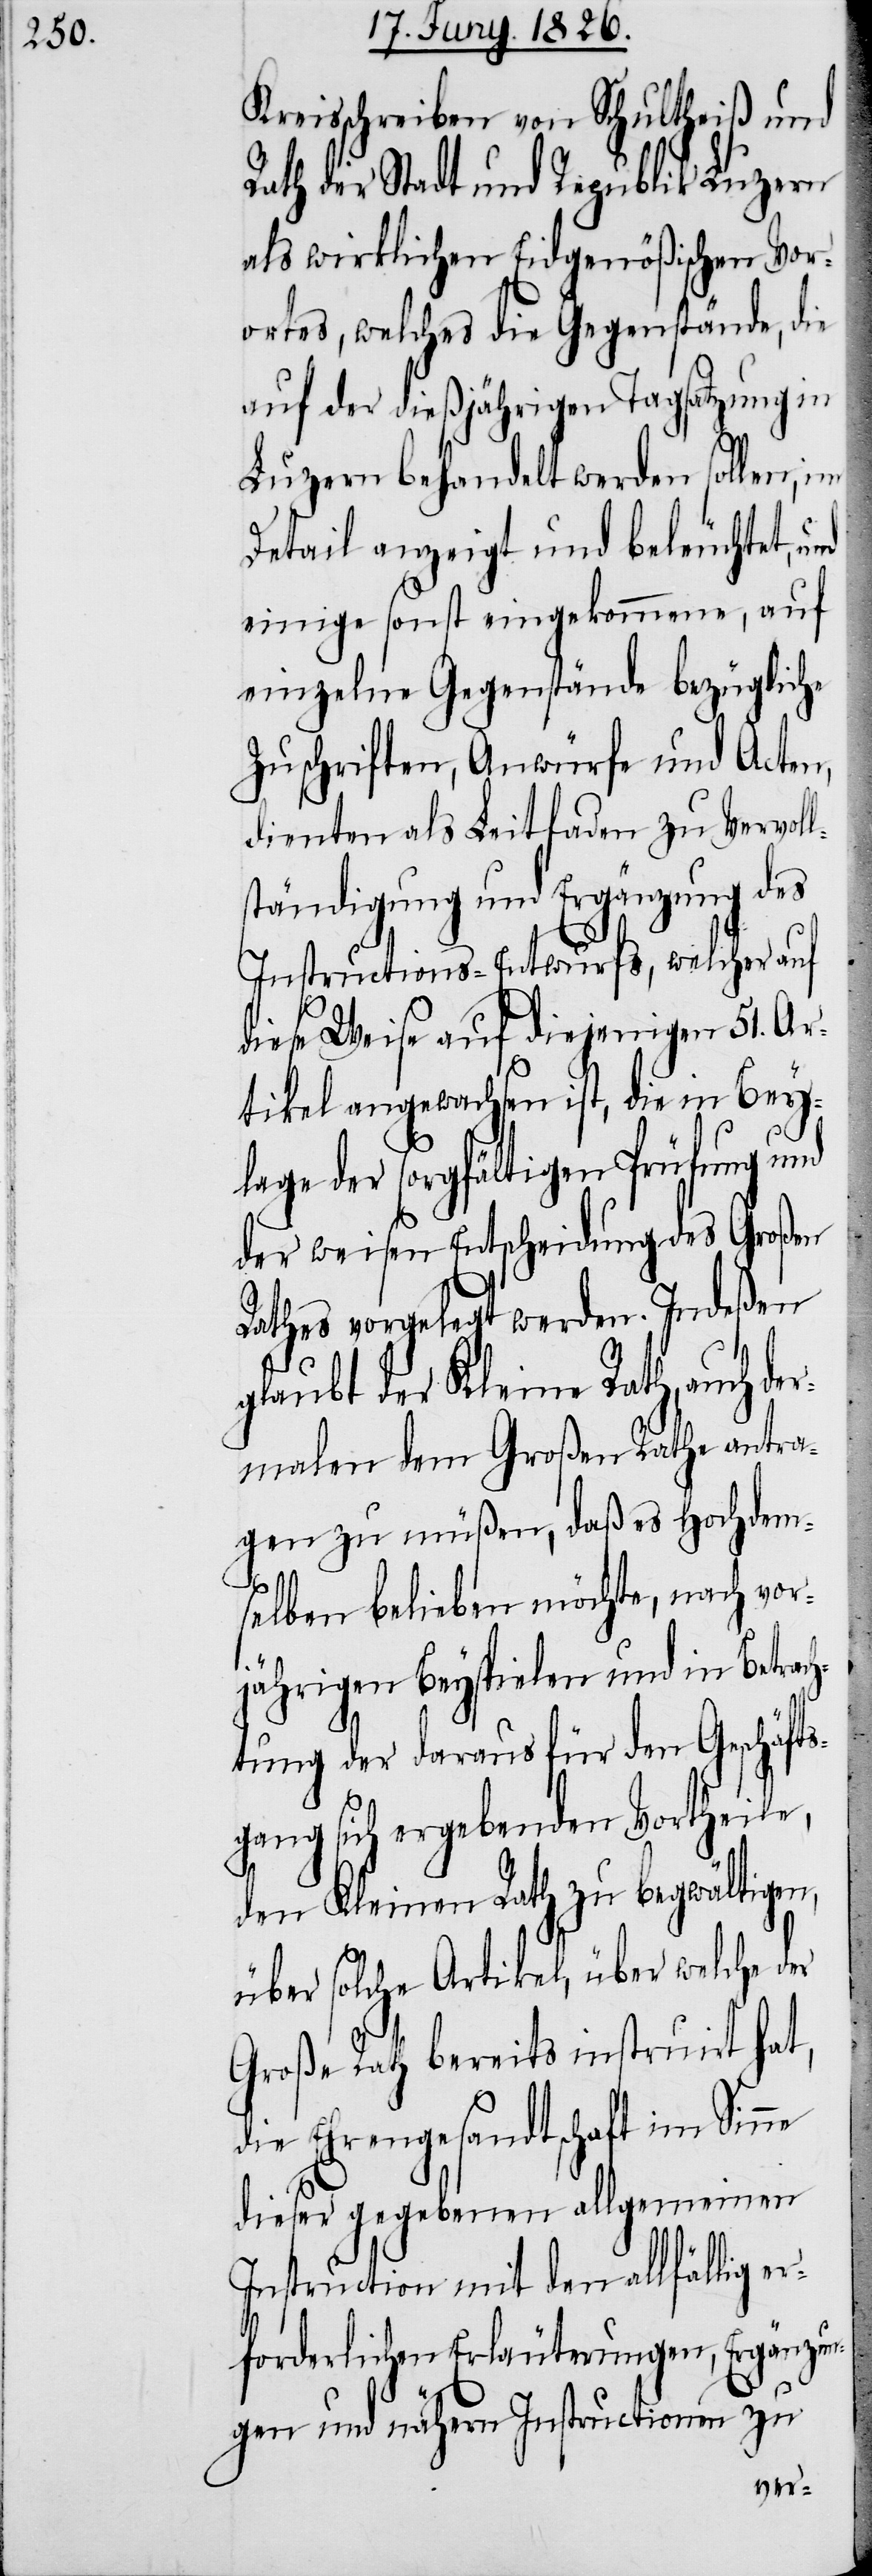
Kreisschreiben von Schultheiß und
Rath der Stadt und Republik Luzern
als wirklichen Eidgenößischen Vor¬
ortes, welches die Gegenstände, die
auf der dießjährigen Tagsatzung in
Luzern behandelt werden sollen, im
Detail anzeigt und beleuchtet, und
einige sonst eingekommene, auf
einzelne Gegenstände bezügliche
Zuschriften, Anwürfe und Acten,
dienten als Leitfaden zu Vervoll¬
ständigung und Ergänzung des
Instructions-Entwurfs, welcher auf
diese Weise auf diejenigen 51. Ar¬
tikel angewachsen ist, die in Bey¬
lage der sorgfältigen Prüfung und
der weisen Entscheidung des Großen
Rathes vorgelegt werden. Indeßen
glaubt der Kleine Rath, auch d¬
malen dem Großen Rathe antra¬
gen zu müßen, daß es Hochdem¬
selben belieben möchte, nach vor¬
jährigen Beyspielen und in Betrach¬
tung der daraus für den Geschäfts¬
gang sich ergebenden Vortheile,
den Kleinen Rath zu begwältigen,
über solche Artikel, über welche der
Große Rath bereits instruirt hat,
die Ehrengesandtschaft im Sinne
dieser gegebenen allgemeinen
Instruction mit den allfällig er¬
forderlichen Erläuterungen, Ergänzun¬
gen und nähern Instructionen zu
er¬